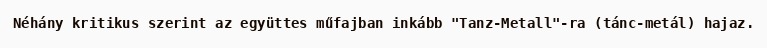
Néhány kritikus szerint az együttes műfajban inkább "Tanz-Metall"-ra (tánc-metál) hajaz.